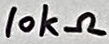
Text: 10kΩ